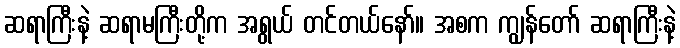
ဆရာကြီးနဲ့ ဆရာမကြီးတို့က အရွယ် တင်တယ်နော်။ အစက ကျွန်တော် ဆရာကြီးနဲ့